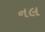
નલ